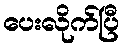
ပေးလိုက်ပြီ